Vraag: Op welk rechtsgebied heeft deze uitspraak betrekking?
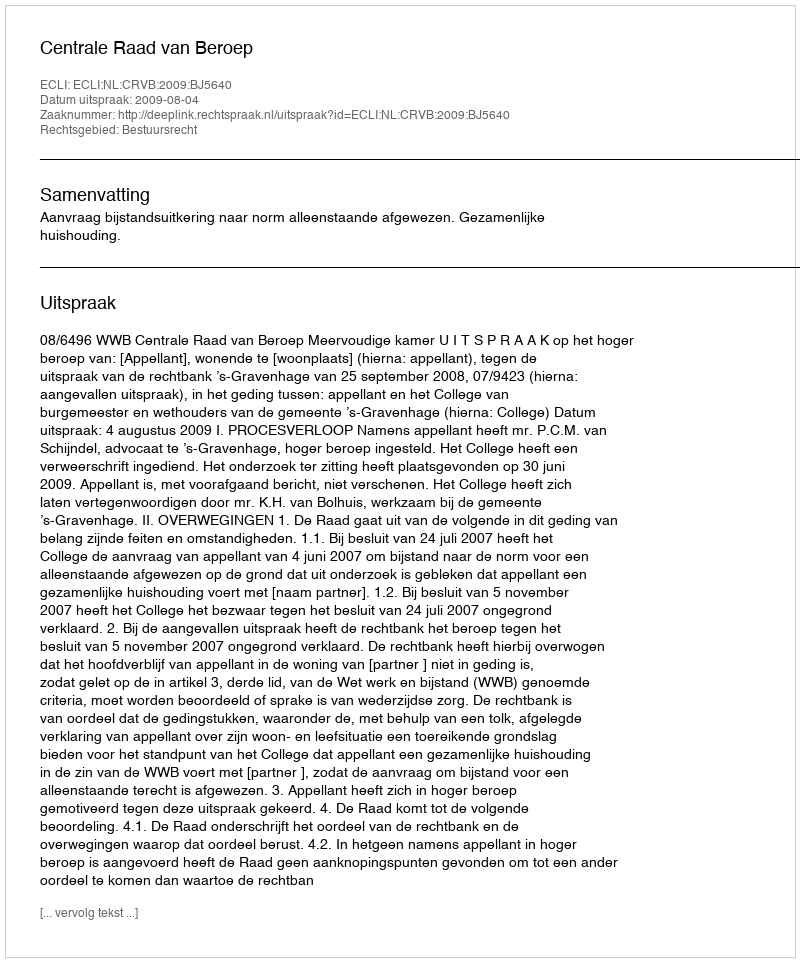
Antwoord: Bestuursrecht